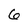
Character: 6